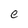
Character: e